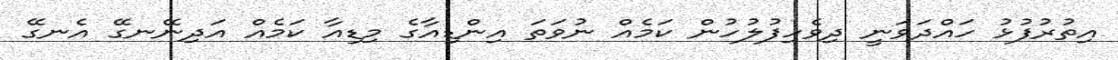
އިތުރުފުޅު ހައްދަވަނީ ދިވެހިފުލުހުން ކަމެއް ނުވަތަ އިންޑިއާގެ މިޑިއާ ކަމެއް އަދިނޭނގޭ އެނގޭ